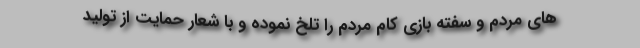
های مردم و سفته بازی کام مردم را تلخ نموده و با شعار حمایت از تولید